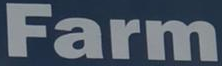
Farm